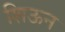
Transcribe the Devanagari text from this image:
शिऊन